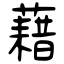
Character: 藉